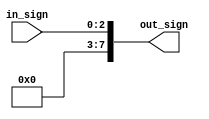
`timescale 1ns / 1ps



module signextend(
    in_sign, out_sign
    );
    input [2:0] in_sign;
    output reg [7:0] out_sign;
    
    always@(*)
    begin
    out_sign[7:0] <= {5'b00000,  in_sign[2:0] };
    end
endmodule